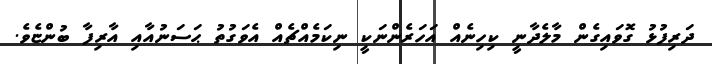
ދަރިފުޅު ގޮވައިގެން މާލެދާނީ ކިހިނެއް އަހަރެންނަކީ ނިކަމެއްޗެއް އެވަގުތު ޙަސަނުއާއި އާރިފާ ބުންޏެވެ.